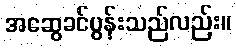
အဆွေခင်ပွန်းသည်လည်း။